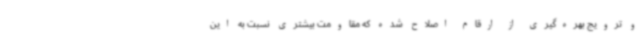
و ترویج بهره‌گیری از ارقام اصلاح شده که مقاومت بیشتری نسبت به این